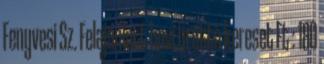
Fenyvesi Sz. Felajánlott havi bruttó kereset Ft : 180